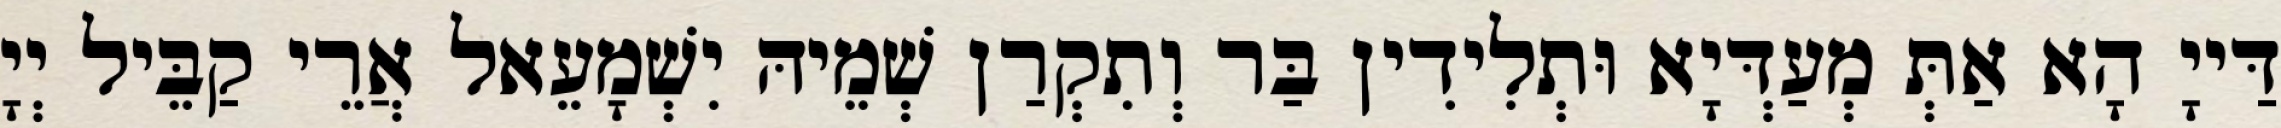
דַּייָ הָא אַתְּ מְעַדְּיָא וּתְלִידִין בַּר וְתִקְרַן שְׁמֵיהּ יִשְׁמָעֵאל אֲרֵי קַבֵּיל יְיָ